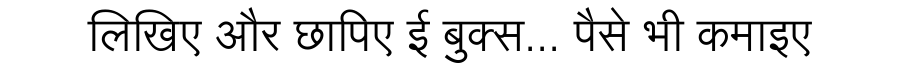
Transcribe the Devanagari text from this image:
लिखिए और छापिए ई बुक्स... पैसे भी कमाइए